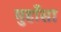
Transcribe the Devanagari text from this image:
मुहाँसा